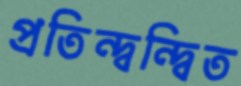
প্রতিন্দ্বন্দ্বিত